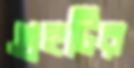
গ্রহটির